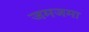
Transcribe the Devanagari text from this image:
जमजमा